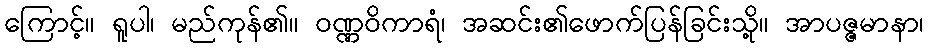
ကြောင့်။ ရူပါ၊ မည်ကုန်၏။ ဝဏ္ဏဝိကာရံ၊ အဆင်း၏ဖောက်ပြန်ခြင်းသို့။ အာပဇ္ဇမာနာ၊